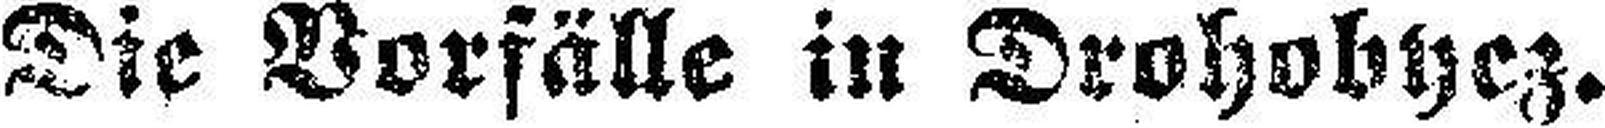
Die Vorfälle in Drohobycz.